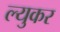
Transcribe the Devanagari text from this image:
ल्युकर